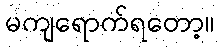
မကျရောက်ရတော့။